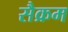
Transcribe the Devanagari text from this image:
सैक्रम